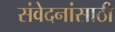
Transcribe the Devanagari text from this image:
संवेदनांसाठी